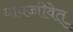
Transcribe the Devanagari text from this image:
यावज्जीवेत्‌